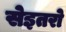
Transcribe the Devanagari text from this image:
सेइतरो